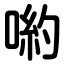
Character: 喲